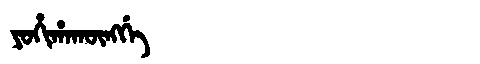
Manchu: ᠶᠣᡥᡳᡥᠠᡴᡡᠩᡤᡝ
Romanization: YOHIHAKŪNGGE